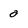
Character: 0